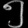
Digit: ၅